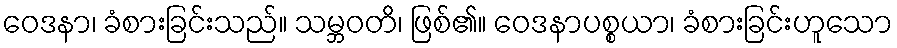
ဝေဒနာ၊ ခံစားခြင်းသည်။ သမ္ဘဝတိ၊ ဖြစ်၏။ ဝေဒနာပစ္စယာ၊ ခံစားခြင်းဟူသော